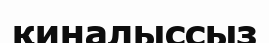
қиналыссыз